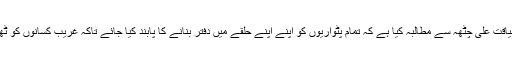
عوامی و سماجی حلقوں نے وزیر اعلیٰ پنجاب میاں شہباز شریف اور ڈی سی او گجرات لیاقت علی چٹھہ سے مطالبہ کیا ہے کہ تمام پٹواریوں کو اپنے اپنے حلقے میں دفتر بنانے کا پابند کیا جائے تاکہ غریب کسانوں کو ٹھاٹ باٹھ والے پٹواریوں کے دفاتر ڈھونڈنے کے لئے شہروں کے چکر نہ کاٹنے پڑ ھیں۔